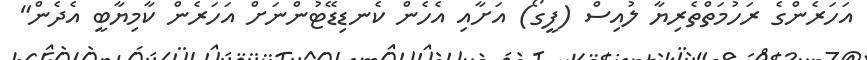
އަހަރެންގެ ރަހުމަތްތެރިޔާ ލުއިސް (ފީގޯ) އަށާއި އެހެން ކެނޑިޑޭޓުންނަށް އަހަރެން ކާމިޔާބީ އެދެން"